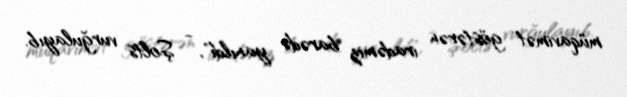
müqavimət göstərən iradəmiz barədə yanıldı", - Şolts vurğulayıb.